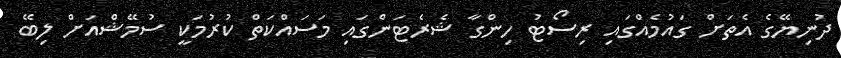
ދުނިޔޭގެ އެތަށް ގައުމެއްގައި ރިސޯޓު ހިންގާ ޝެރެޓަންގައި މަސައްކަތް ކުރުމަކީ ސުމޭޝްއަށް ލިބޭ